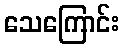
သေကြောင်း